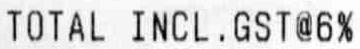
TOTAL INCL. GST@6%